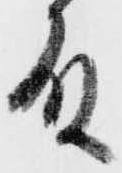
殿